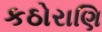
કઠોરાણિ